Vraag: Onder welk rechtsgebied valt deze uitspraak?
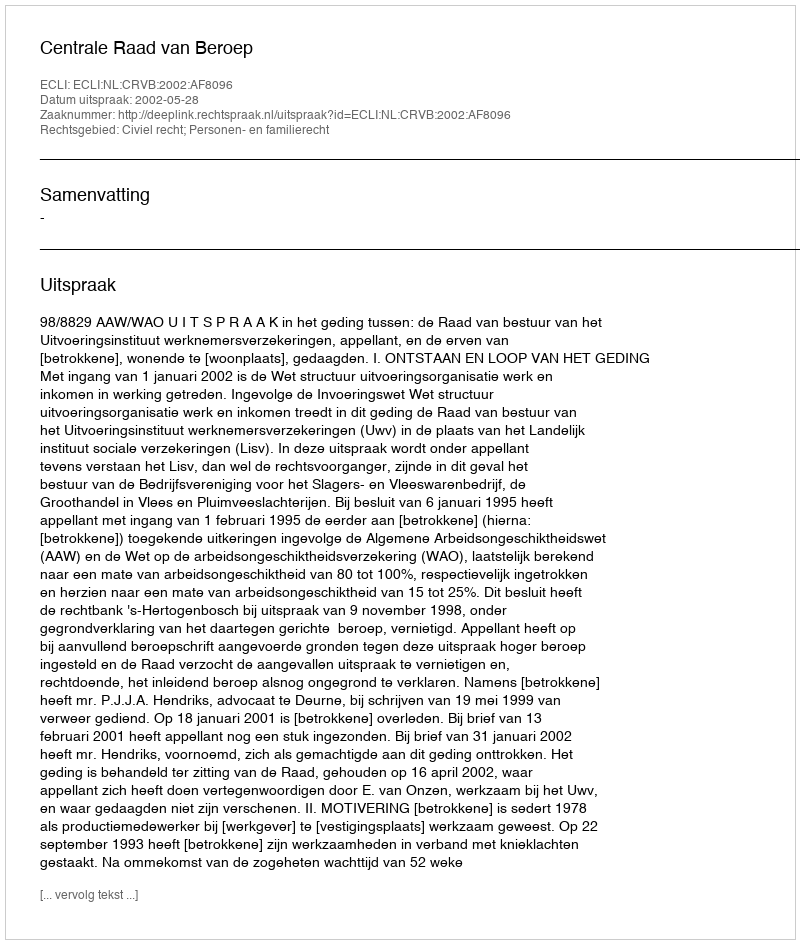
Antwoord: Civiel recht; Personen- en familierecht